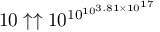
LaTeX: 1 0 \uparrow \uparrow 1 0 ^ { \, \! 1 0 ^ { 1 0 ^ { 3 . 8 1 \times 1 0 ^ { 1 7 } } } }